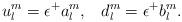
LaTeX: \begin{align*}u_{l}^{m}=\mathbf{\epsilon }^{+}a_{l}^{m},\;\;\;d_{l}^{m}=\mathbf{\epsilon }^{+}b_{l}^{m}.\end{align*}